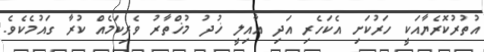
އުތުރުކޮރެޔާއަކީ ހަރުކަށި އެކަހެރި އަދި އާއިލީ ޚުދު މުޚްތާރު ވެރިކަމެއް ކުރާ ގައުމެކެވެ.